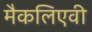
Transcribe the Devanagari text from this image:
मैकलिएवी